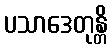
ပသာဒေတုန္တိ